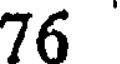
76